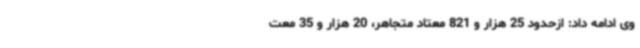
وی ادامه داد: ازحدود 25 هزار و 821 معتاد متجاهر، 20 هزار و 35 معت